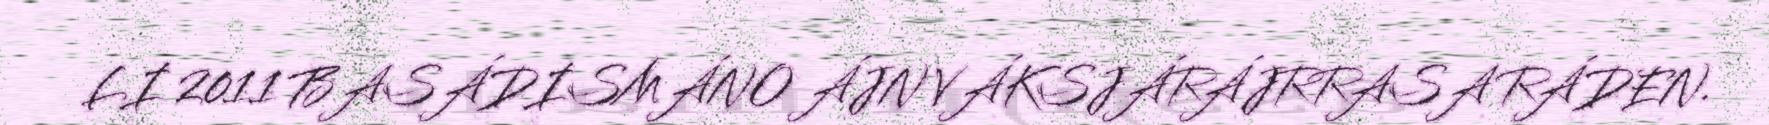
LI 2011 BASÁDISMÁNO ÁJN VÁKSJÁRÁJRRASA RÁDEN.